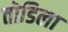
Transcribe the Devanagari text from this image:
तोडिला